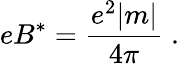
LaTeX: eB^{*}=\frac{e^{2}|m|}{4\pi}\; .